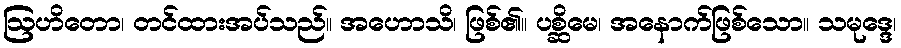
ဩဟိတော၊ တင်ထားအပ်သည်။ အဟောသိ၊ ဖြစ်၏။ ပစ္ဆိမေ၊ အနောက်ဖြစ်သော။ သမုဒ္ဒေ၊